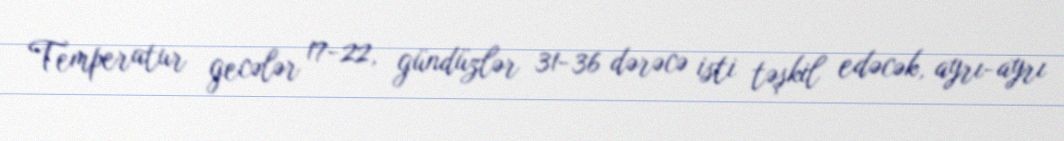
Temperatur gecələr 17-22, gündüzlər 31-36 dərəcə isti təşkil edəcək, ayrı-ayrı